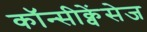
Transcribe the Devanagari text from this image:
कॉन्सीक्वेंसेज